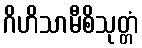
ဂိဟိသာမီစိသုတ္တံ